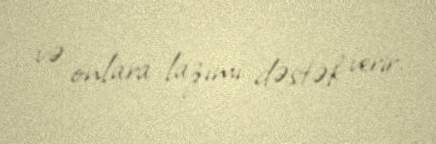
və onlara lazımi dəstək verir.